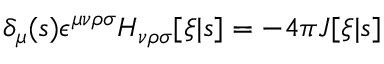
\delta _ { \mu } ( s ) \epsilon ^ { \mu \nu \rho \sigma } H _ { \nu \rho \sigma } [ \xi | s ] = - 4 \pi J [ \xi | s ]